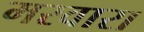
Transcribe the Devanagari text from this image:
मरवारा